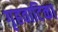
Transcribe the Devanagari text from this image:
गृहवाटिका